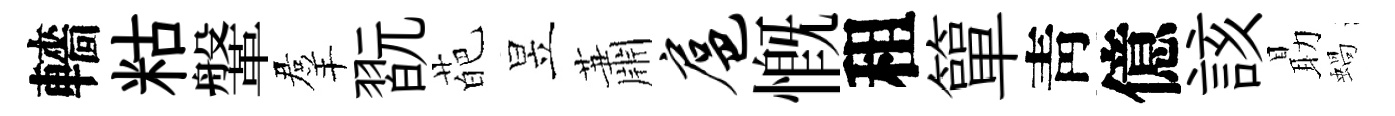
轖䊀鞶羣翫葩昱蕭扈慨租簞靑億該朂蝸